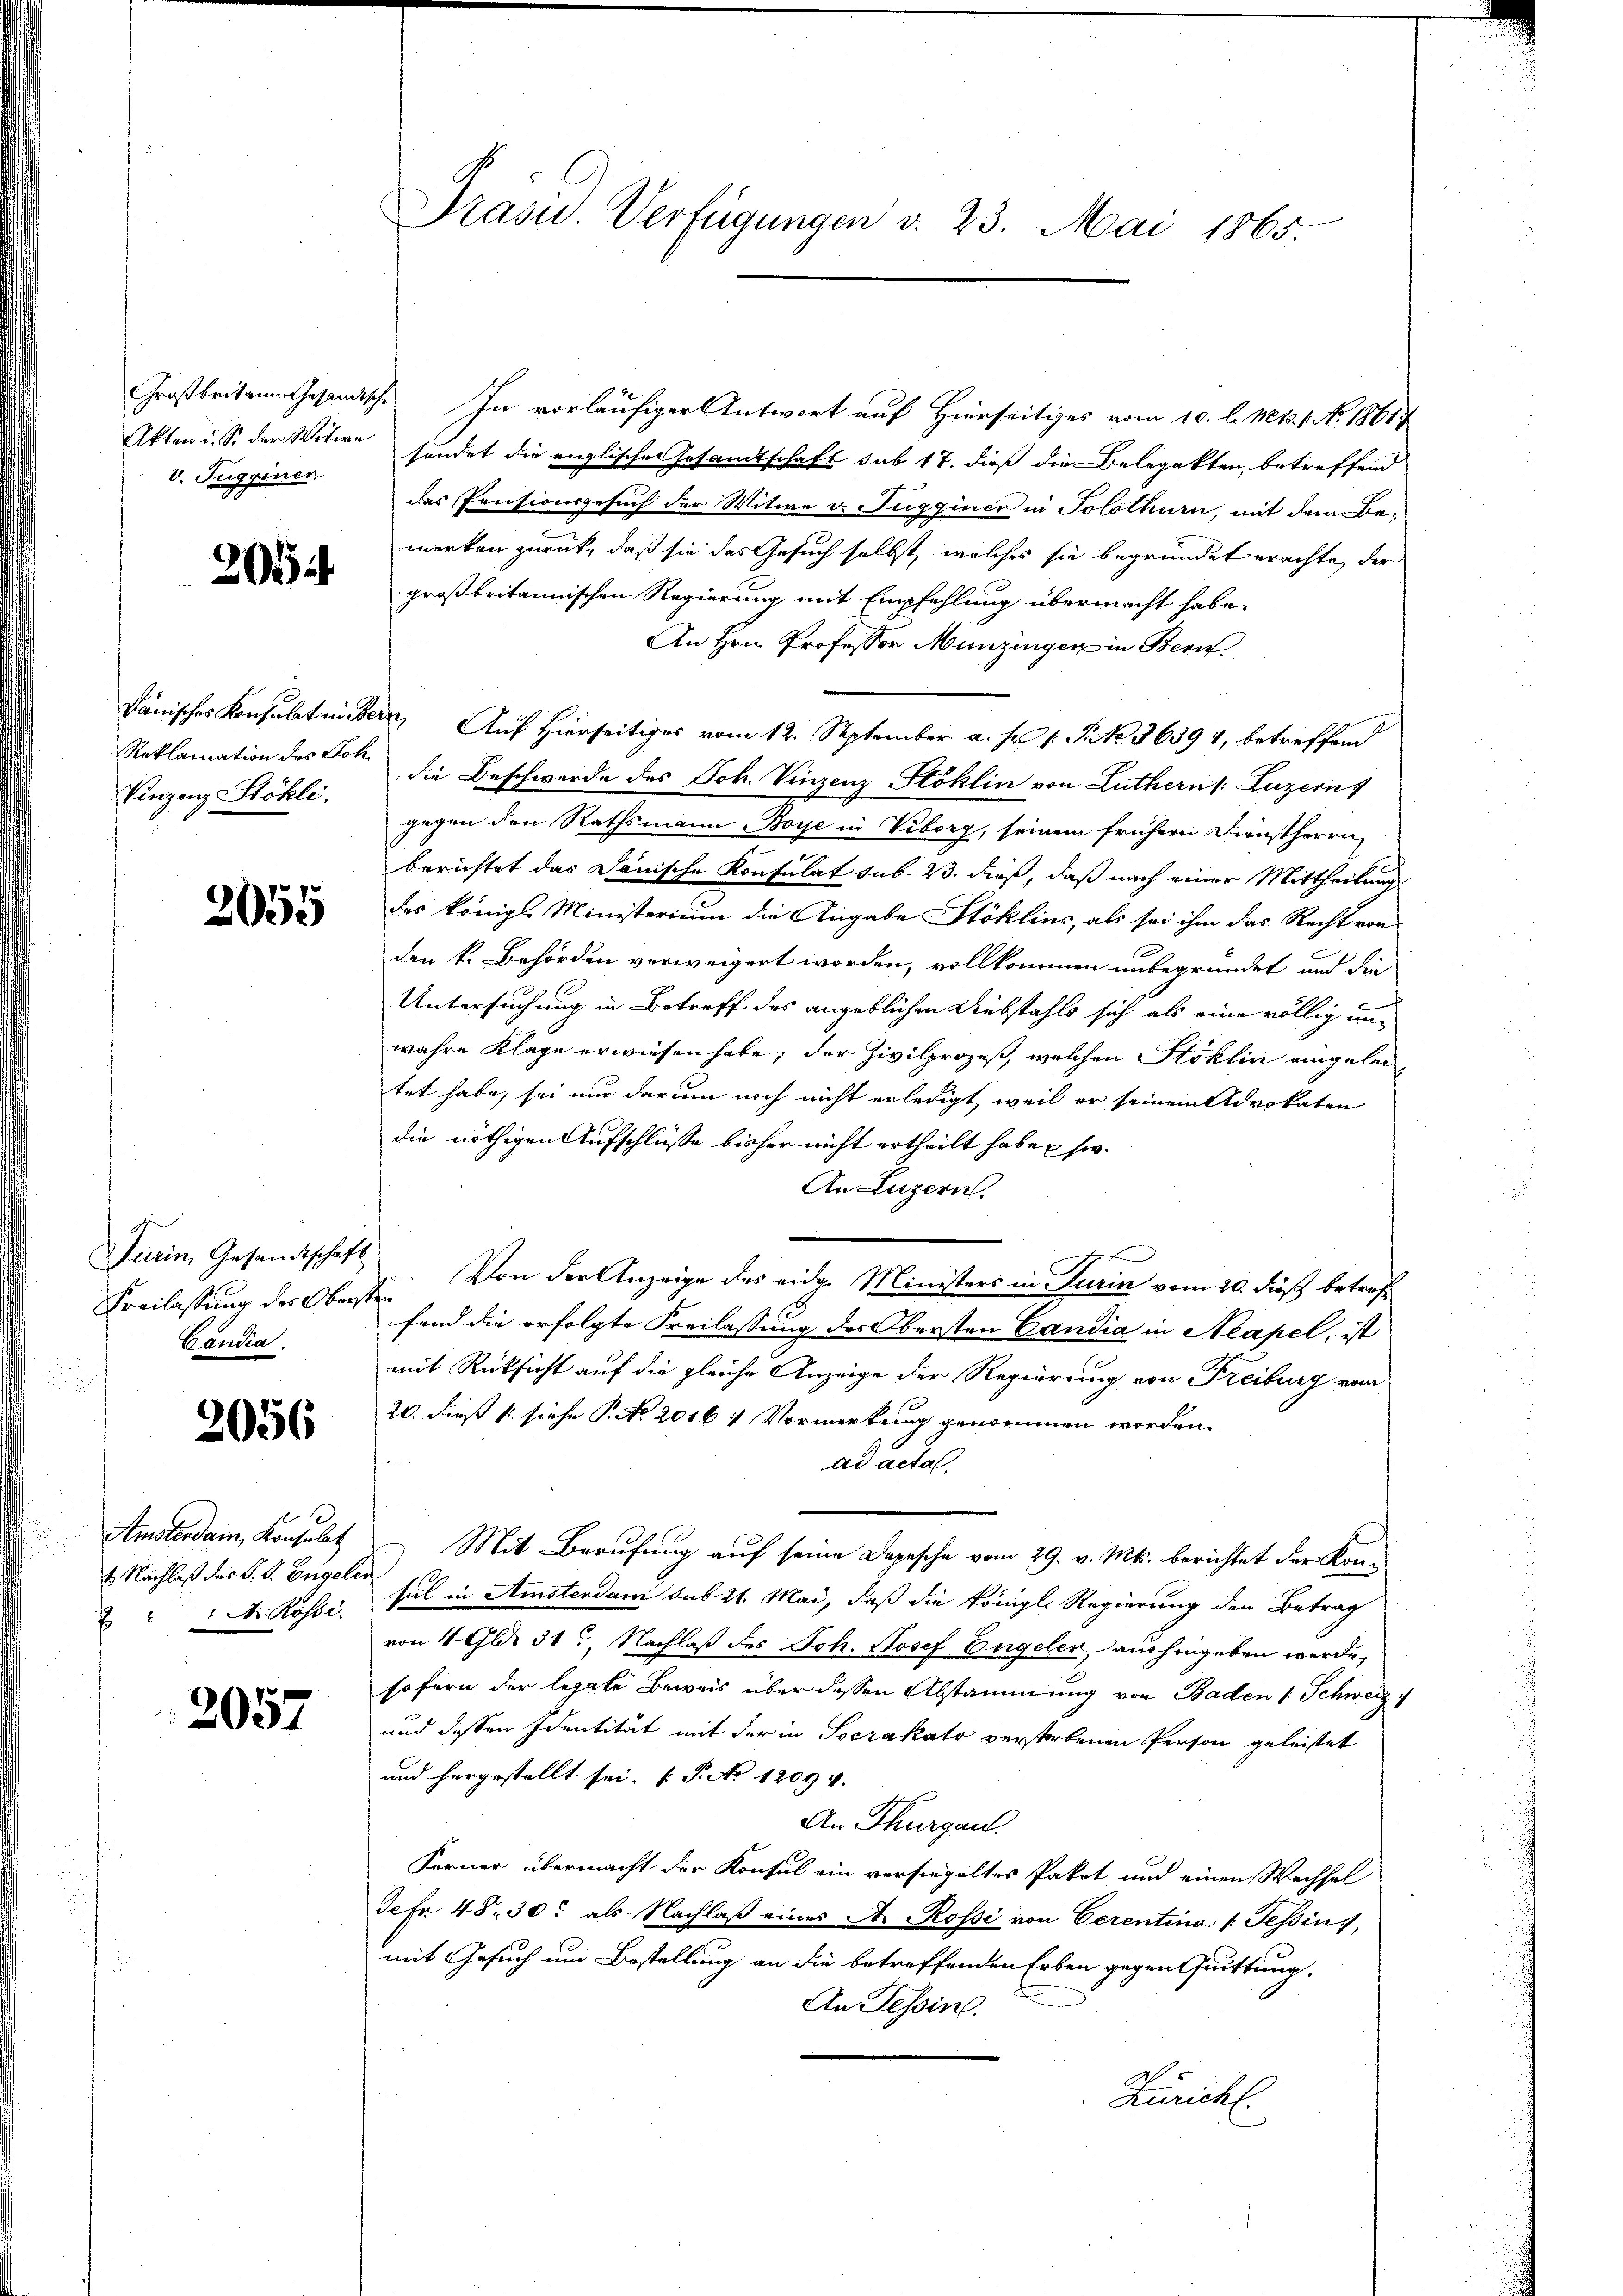
V. Tuggener

205

Vinzenz-Stökli.

2055

Turin, Gesandtschaft
Freilassung des Obersten
Candia.

2056

Amsterdam, Konsulat
Dr. Rosse.

2057

Präsid.. Verfügungen v. 23. Mai 1865.

Großbritann Gesandische In vorläufiger Antwort auf Hierseitiges vom 10. l. Mts. 1. No. 18617
Akten u. S. der Witwe sendet die englischer Gesandtschaft sub 17. dieß die Belegakten, betreffend
das Pensionsgesuch der Witwe v. Fugginer in Solothurn, mit dem Bemerken zurück, daß sie das Gesuch selbst, welches sie begründet erachte, der
großbritannischen Regierung mit Empfehlung übermacht habe.
An Hrn. Professor Munzingen in Bern.
dänisches Konsulatintern, Auf hierseitiges vom 12. September a. s. f. S. 36594, betreffend
Reklamation des Joh. die Beschwerde des Joh. Vinzenz Stoklin von Luthern Luzern)
gegen den Rathsmann Boye in Veborg, seinem frühern Dienstherrn
berichtet das Janische Konsulat sub 23. dieß, daß nach einer Mittheilung
des königl. Ministerium die Angabe Stoklins, als sei ihm das Recht von
den k. Behörden verweigert worden, vollkommen unbegründet und die
Untersuchung in Betreff des angeblichen Diebstahls sich als eine völlig unwahre Klage erwiesen habe, der Zivilprozeß, welchen Stoklin eingeleitet habe, sei nur darum noch nicht erledigt, weil er seinem Advokaten
die nöthigen Aufschlüsse bisher nicht ertheilt habe sie.
An Luzern.
Von der Anzeige des eidg. Ministers in Turin vom 20. dieß betroff
fend die erfolgte Freilassung des Obersten Candia in Neapel, ist
mit Rücksicht auf die gleiche Anzeige der Regierung von Freiburg vom
20. dieß u. siehe P. No 2016 1 Vormerkung genommen worden.
ad acta
Mit Berufung auf seine Depesche vom 29. v. Mts. berichtet der Kon¬
1. Nachlaß des S. S. Engel er sich in Amsterdam sub 21. Mai, daß die königl. Regierung den Betrag
von 4 Gld. 31, Nachlaß des Joh. Josef Engeler, aushingeben werde,
sofern der legale Beweis über dessen Abstammung von Baden 1 Schweiz i
und dessen Identität mit der in Socrakato verstorbenen Person geleistet
und hergestellt sei. (P. No 1209 v.
An Thurgau.
Ferner übermacht der Konsul ein versiegeltes Paket und einen Wechsel
Jefr 48. 30. als Nachlaß eines A. Rossi von Cerentino 1. Tessin,
mit Gesuch um Bestellung an die betreffenden Erben gegen Quittung,
An Tessin.
Züricht.